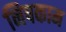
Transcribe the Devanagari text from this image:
निषकाम